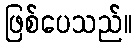
ဖြစ်ပေသည်။